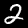
Label: 2